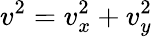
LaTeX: v^{2}=v_{x}^{2}+v_{y}^{2}